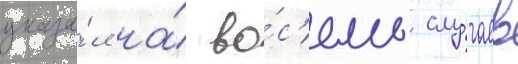
указа́л на́ во́с'емь слу́чаев